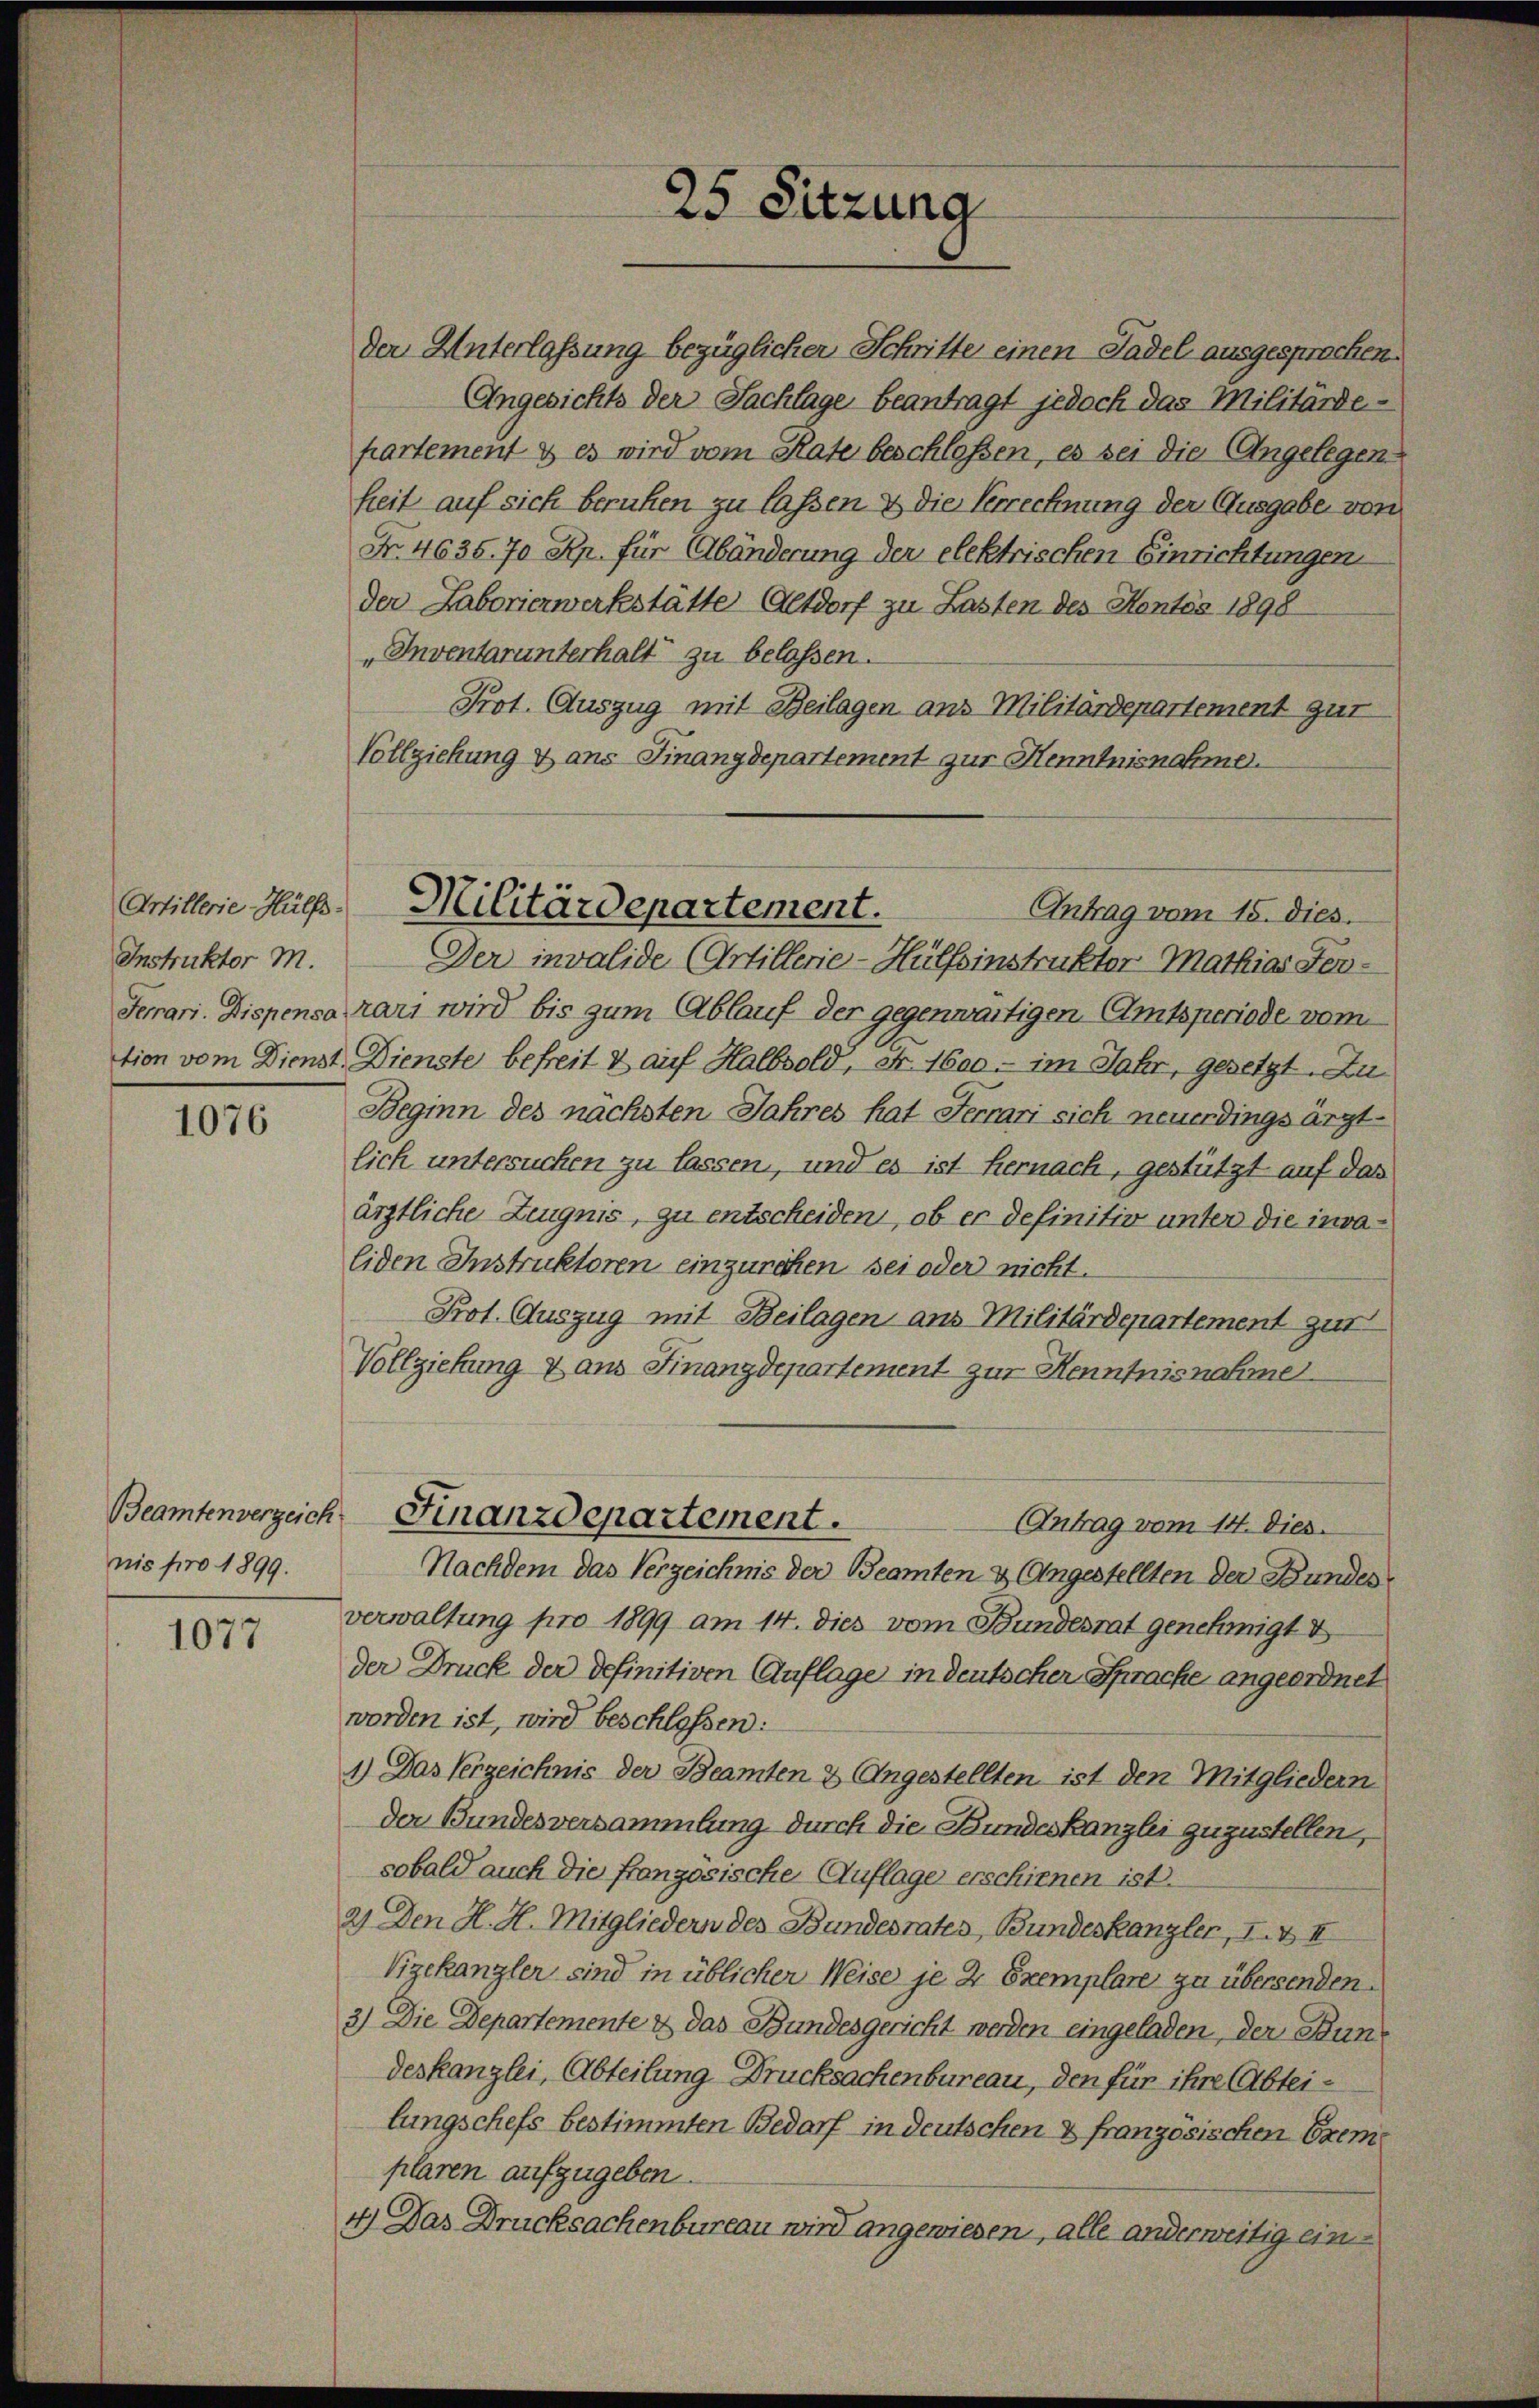
Instruktor M.

1076

nis pro 1899.

1077

Prot. Auszug mit Beilagen ans Militärdepartement zur
Vollziehung & ans Finanzdepartement zur Henntnisnahme.
Der invalide (Artillerie-Hülfsinstrukter Mathias Fen¬
Ferrari. Dispensa mari wird bis zum Ablauf der gegenwärtigen Amtsperiode vom
tion vom Dienst Dienste befreit & auf Halbsold, Fr. 1600. im Jahr, gesetzt. Zu
Beginn des nächsten Jahres hat Ferrari sich neuerdings ärztlich untersuchen zu lassen, und es ist hernach, gestützt auf das
ärztliche Zeugnis, zu entscheiden, ob er definitiv unter die invaliden Instruktoren einzurechen sei oder nicht.
Prot. Auszug mit Beilagen aus Militärdepartement zur
Vollziehung & aus Finanzdepartement zur Kenntnisnahme
Beamtenverzeich Finanzdepartement.
Antrag vom 14. Dies
Nachdem das Verzeichnis der Beamten & Angestellten der Bundesverwaltung pro 1899 am 14. dies vom Bundesrat genehmigt
der Druck der definitiven Auflage in deutscher Sprache angeordnet
worden ist, wird beschloßen:
1.) Das Verzeichnis der Beamten & Angestellten ist den Mitgliedern
Der Bundesversammlung durch die Bundeskanzlei zuzustellen,
sobald auch die französische Auflage erschienen ist.
2) Den H. H. Mitgliedern des Bundesrates, Bundeskanzler, I. & II
Vizekanzler sind in üblicher Weise je 2 Exemplare zu übersenden.
3) Die Departemente & das Bundesgericht werden eingeladen, der Bun
deskanzlei, Abteilung Drucksachenbureau, den für ihre (Abteilungschefs bestimmten Bedarf in deutschen & französischen Exem
plaren aufzugeben
4) Das Drucksachenbureau wird angewiesen, alle anderweitig ein¬

25 Sitzung

der Unterlassung bezüglicher Schritte einen Tadel ausgesprochen.
Angesichts der Sachlage beantragt jedoch das Militärde-
hartement & es wird vom Rate beschlossen, es sei die Angelegen
heit auf sich beruhen zu lassen & die Verrechnung der Ausgabe von
Fr. 4635. 70 Rp. für Abänderung der elektrischen Einrichtungen
der Laborierwerkstätte Altdorf zu Lasten des Hantis 1898
„Inventarunterhalt zu belassen.

Artillerie Hüls Militärdepartement.
Antrag vom 15. dies.